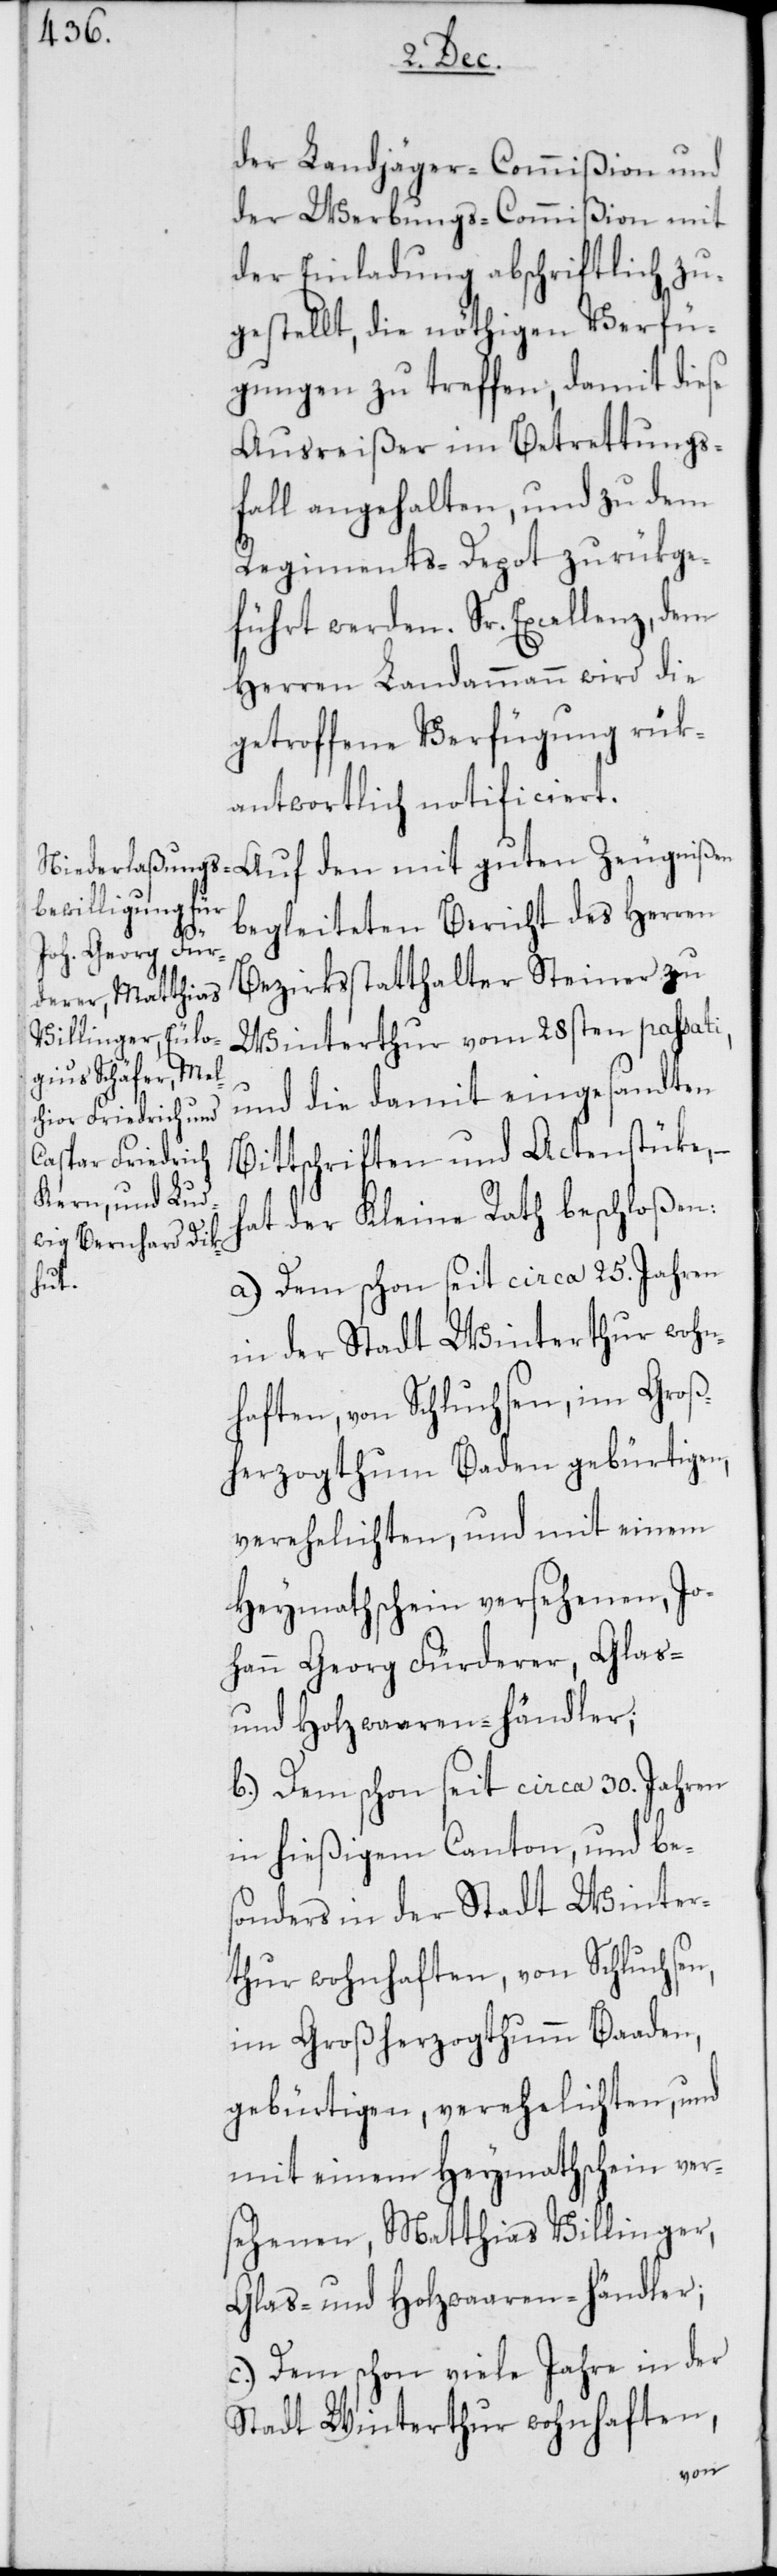
der Landjäger-Commißion und
der Werbungs-Commißion mit
der Einladung abschriftlich zu¬
gestellt, die nöthigen Verfü¬
gungen zu treffen, damit diese
Ausreißer im Betrettungs¬
fall angehalten, und zu dem
Regiments-Depot zurükge¬
führt werden. Sr. Excellenz, dem
Herren Landammann wird die
getroffene Verfügung rük¬
antwortlich notificiert.
Auf den mit guten Zeugnißen
begleiteten Bericht des Herren
Bezirksstatthalter Steiner zu
Winterthur vom 28sten passati,
und die damit eingesandten
Bittschriften und Actenstüke,
hat der Kleine Rath beschloßen:
a.) Dem schon seit circa 25. Jahren
in der Stadt Winterthur wohn¬
haften, von Schluchsen, im Groß¬
herzogthum Baden gebürtigen,
verehelichten, und mit einem
Heymathschein versehenen, Jo¬
hann Georg Fürderer, Glas-
und Holzwaaren-händler;
b.) Dem schon seit circa 30. Jahren
in hießigem Canton, und bes¬
onders in der Stadt Winter¬
thur wohnhaften, von Schluchsen,
im Großherzogthumm Baaden,
gebürtigen, verehelichten, und
mit einem Heymathschein ver¬
sehenen, Matthias Villinger,
Glas- und Holzwaaren-händler;
c.) Dem schon viele Jahre in der
Stadt Winterthur wohnhaften,